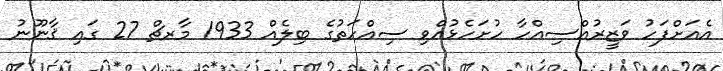
އެއަށްފަހު ވަޒީރުއްސިއްހާ ހުށަހެޅުއްވި ސިއްހަތުގެ ބިލެއް 1933 މާރޗް 27 ގައި ޤާނޫނު